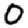
Digit: 0